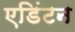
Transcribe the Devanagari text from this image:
एडिंटन